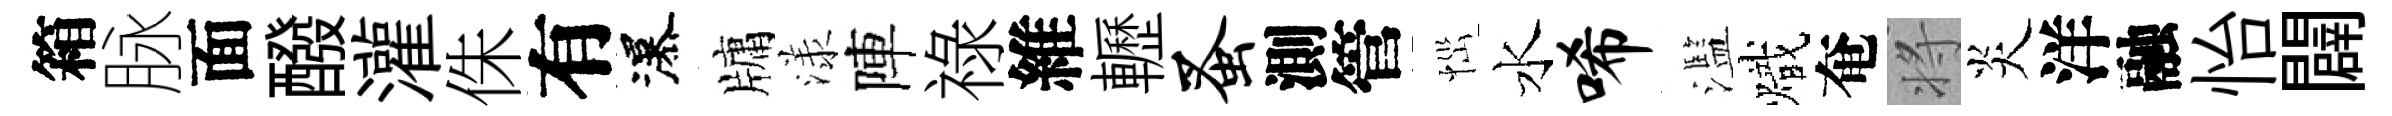
箱脉面醱灌侏有瀑牗漾陣祿維轣蚤測管𢙉水唏濫熾奄将炎洋融怡闢